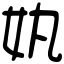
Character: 𡚺